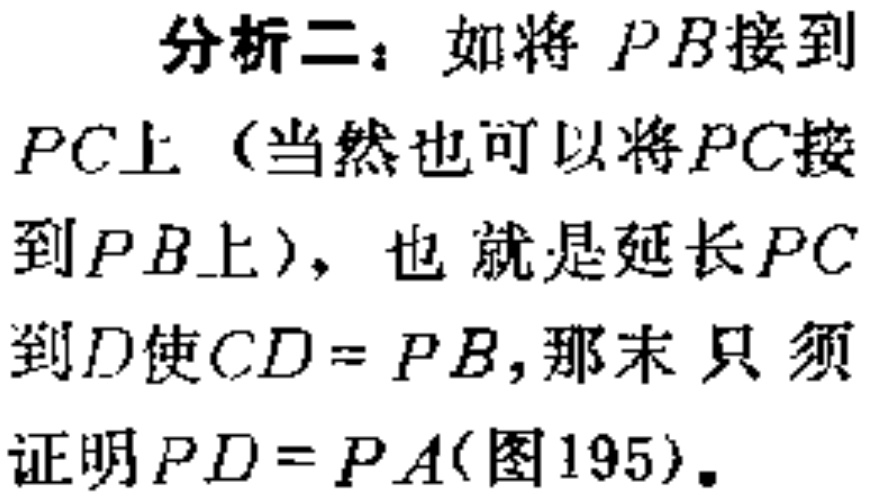
分析二：如将 \(PB\) 接到 \(PC\)上（当然也可以将 \(PC\) 接到 \(PB\)上），也就是延长 \(PC\) 到 \(D\)使 \(CD = PB\)，那末 只须证明 \(PD = PA\)(图195)。